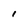
Character: I